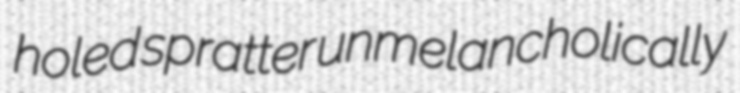
holed spratter unmelancholically